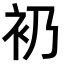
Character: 𧘌